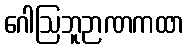
ဂေါဩဘူဉာဏကထာ